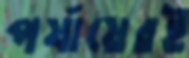
পর্যায়েরই